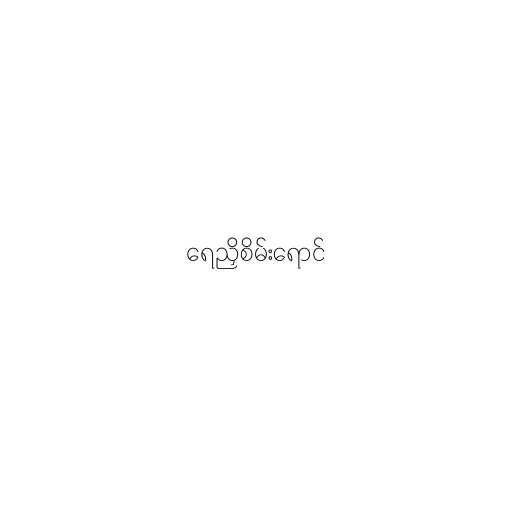
ရေညှိစိမ်းရောင်